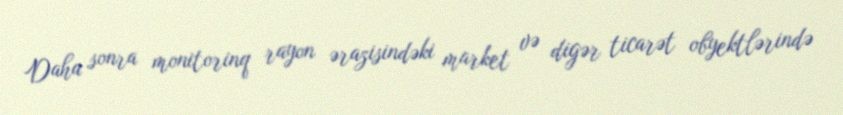
Daha sonra monitorinq rayon ərazisindəki market və digər ticarət obyektlərində